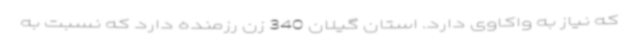
که نیاز به واکاوی دارد. استان گیلان 340 زن رزمنده دارد که نسبت به